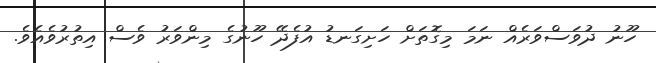
ހޫނު ދުވަސްވަރެއް ނަމަ މިގޮތަށް ހަށިގަނޑު އުފެދޭ ހޫނުގެ މިންވަރު ވެސް އިތުރުވެއެވެ.